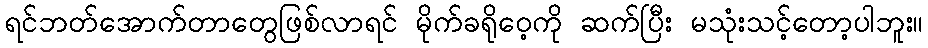
ရင်ဘတ်အောက်တာတွေဖြစ်လာရင် မိုက်ခရိုဝေ့ကို ဆက်ပြီး မသုံးသင့်တော့ပါဘူး။